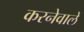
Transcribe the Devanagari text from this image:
करनेवालें